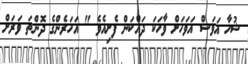
ޝުހާ އަވަސް އަވަހަށް ވާހަކަ ދައްކަން ފެށިއެވެ " އަހަރެންގެ ދޮންތަ ވަރަށް